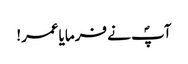
آپؐ نے فرمایاعمر!